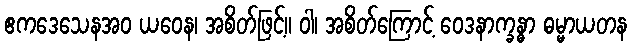
ဧကဒေသေနအဝ ယဝေန၊ အစိတ်ဖြင့်။ ဝါ၊ အစိတ်ကြောင့် ဝေဒနာက္ခန္ဓာ ဓမ္မာယတန